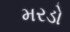
મરડો